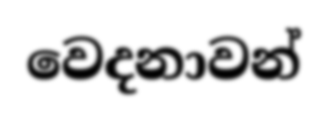
වෙදනාවන්